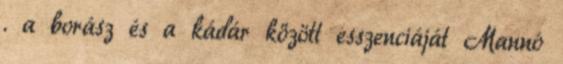
. a borász és a kádár között esszenciáját Mannó